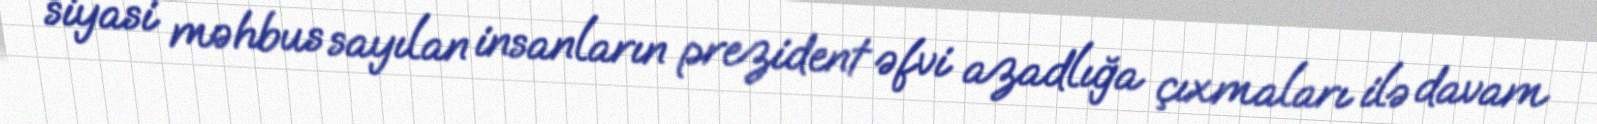
siyasi məhbus sayılan insanların prezident əfvi azadlığa çıxmaları ilə davam